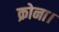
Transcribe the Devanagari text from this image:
क्रोना।